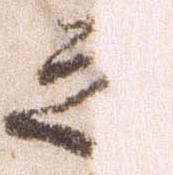
之